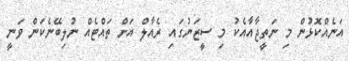
އަނެއްކޮޅުން މި ނަތީޖާއާއެކު މި ސީޒަނުގައި ރެއާލް އަށް ތައްޓެއް ނުލިބޭނެކަން ވަނީ